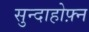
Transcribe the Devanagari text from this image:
सुन्दाहोफ़्न